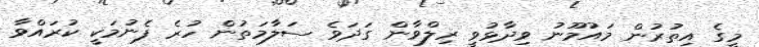
މީގެ އިތުރުން މައުމޫނު ވިދާޅުވީި ރިލްވާން ގަދަވެ ސަލާމަތުން ހުރެ ފެނުމަކީ ކުރައްވާ